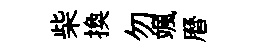
柴換勿颯曆